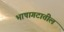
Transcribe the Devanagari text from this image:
भाषागटातील